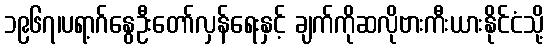
၁၉၆၇၊ပရာ့ဂ်နွေဦးတော်လှန်ရေးနှင့် ချက်ကိုဆလိုဗားကီးယားနိုင်ငံသို့